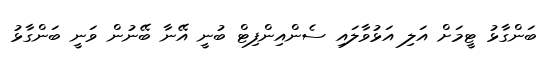
ބަންގާޅު ޓީމަށް އަލި އަޅުވާލައި ސެންއިންފިޓް ބުނީ އޭނާ ބޭނުން ވަނީ ބަންގާޅު